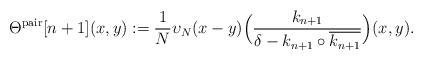
LaTeX: \begin{align*}\Theta^\mathrm{pair}[n+1](x,y):=\frac{1}{N}\upsilon_N(x-y)\Big(\frac{k_{n+1}}{\delta - k_{n+1}\circ \overline{k_{n+1}}}\Big)(x,y).\end{align*}